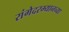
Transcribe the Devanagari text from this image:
रांगेदरम्यानच्या